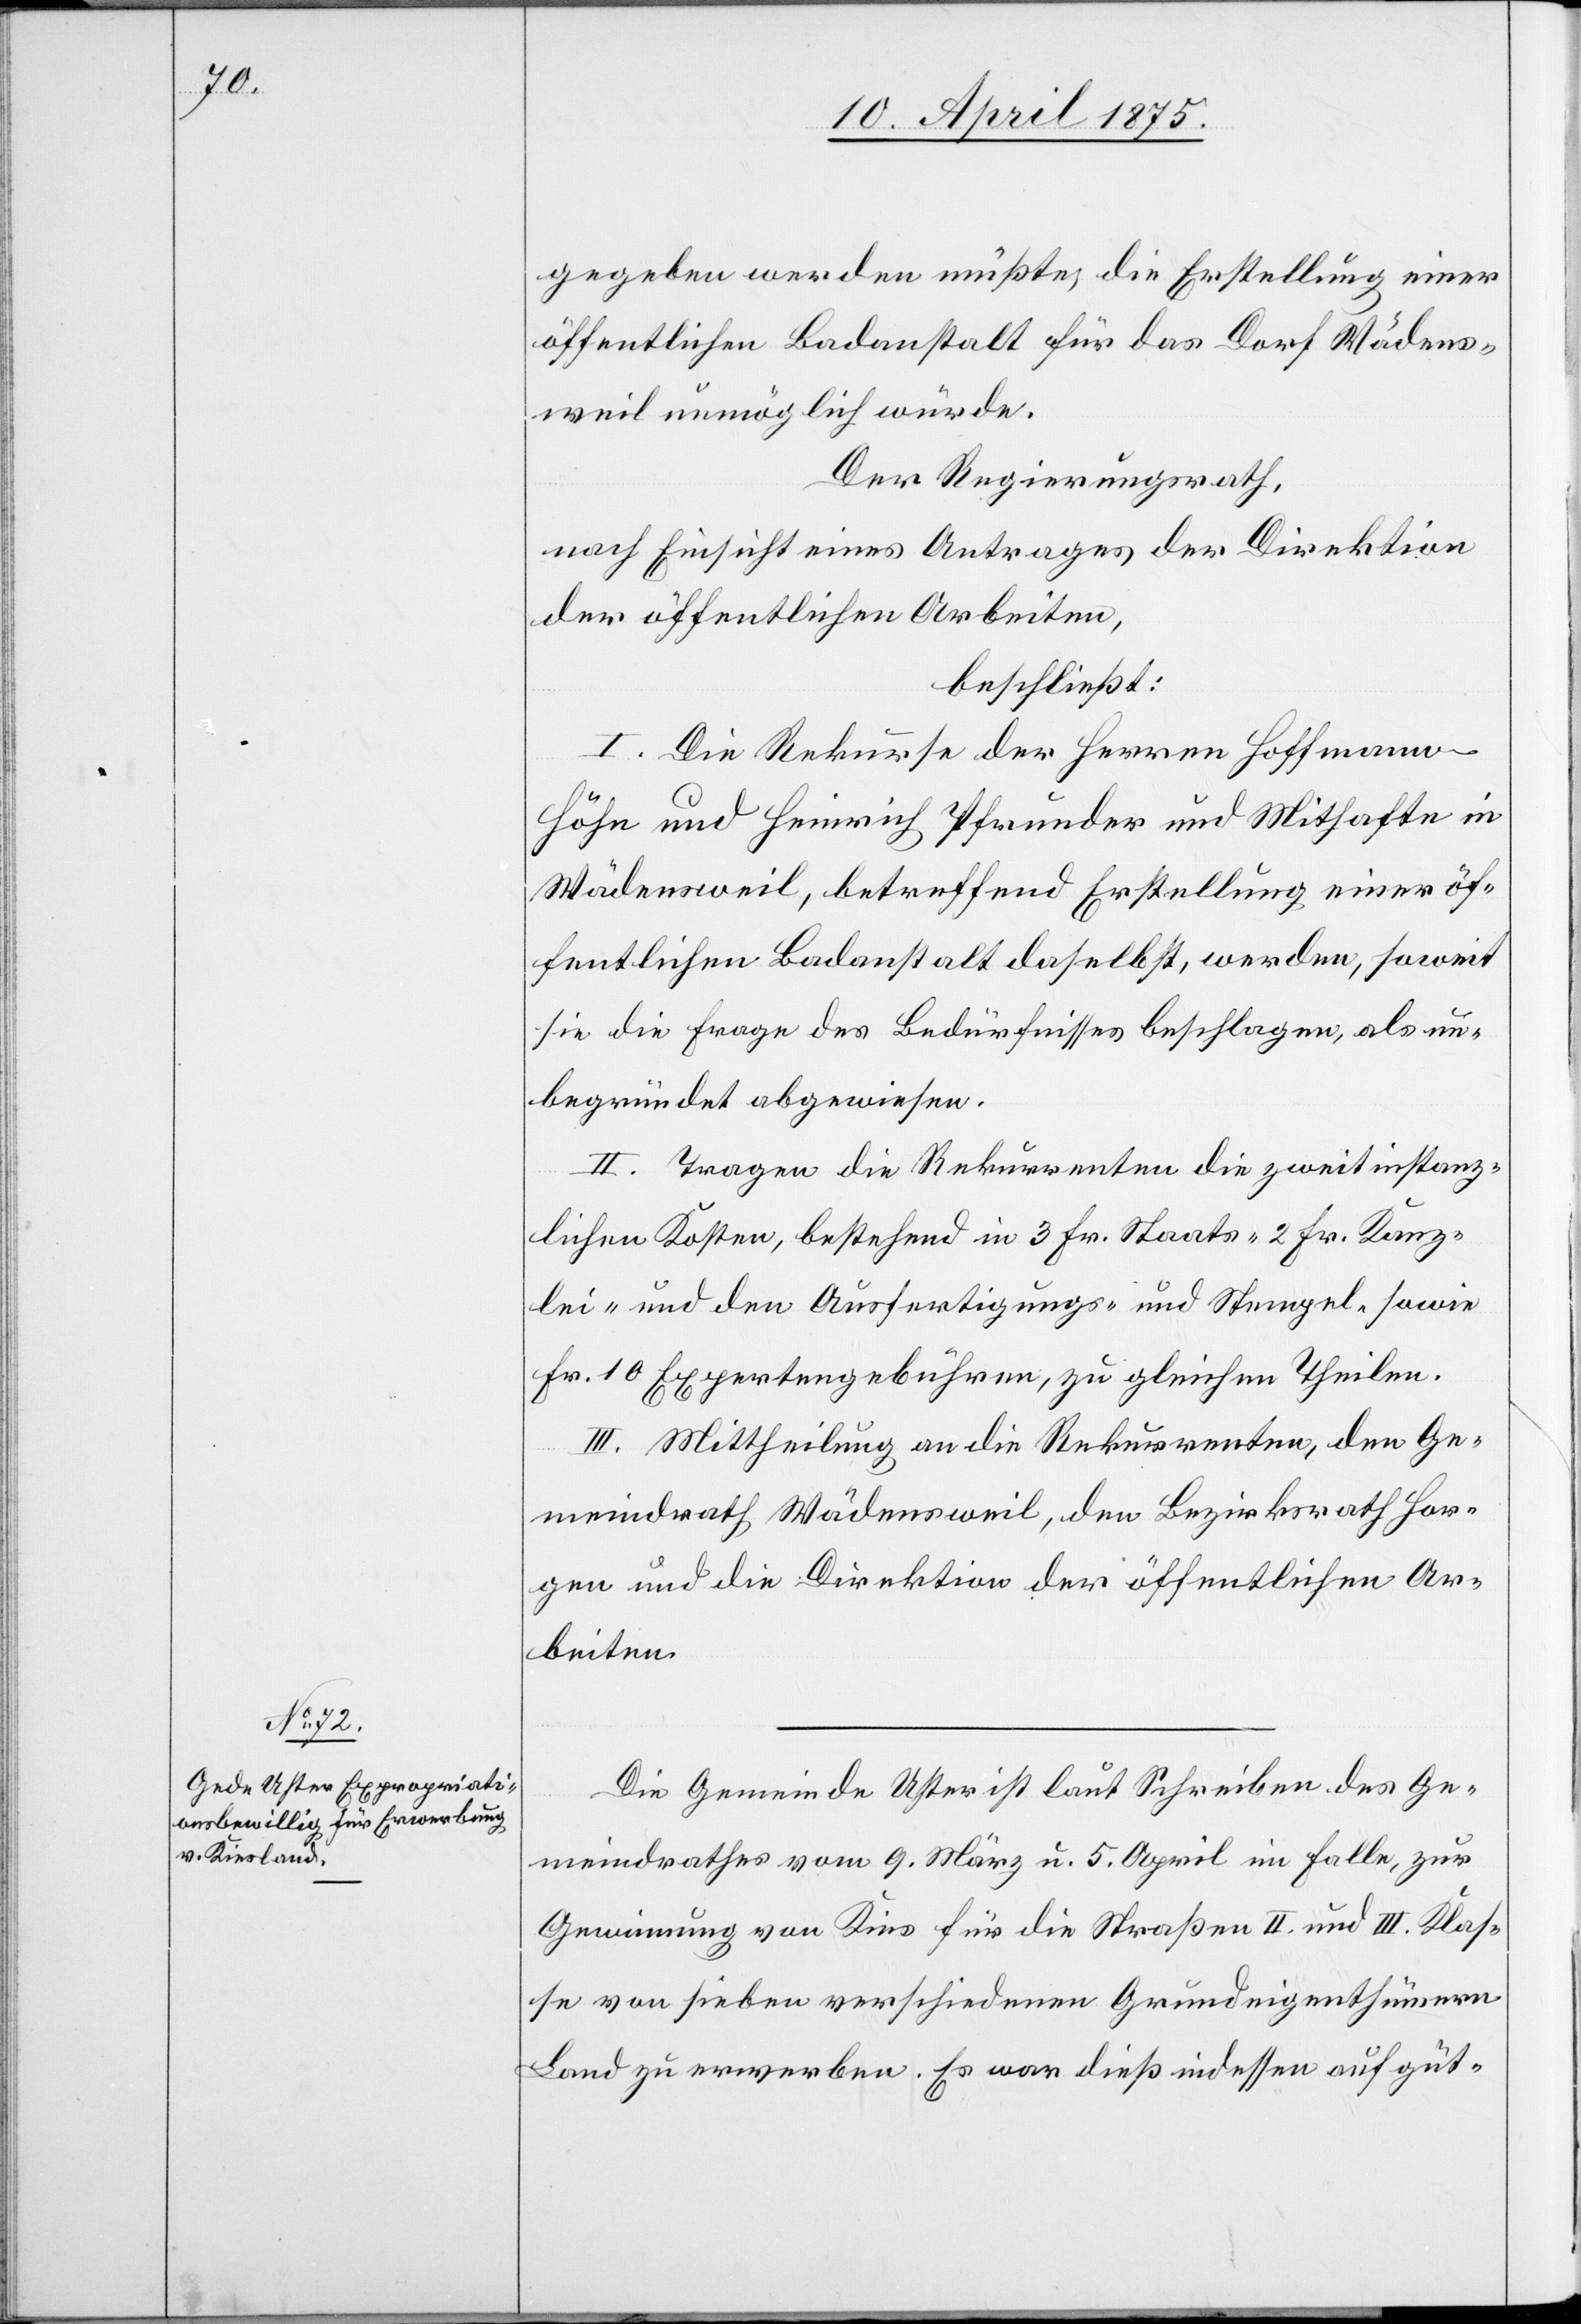
gegeben werden müßte, die Erstellung einer
öffentlichen Badeanstalt für das Dorf Wädens¬
weil unmöglich würde.
Der Regierungsrath,
nach Einsicht eines Antrages der Direktion
der öffentlichen Arbeiten,
beschließt:
I. Die Rekurse der Herren Hoffmann-H¬
öhn und Heinrich Pfrunder und Mithafte in
Wädensweil, betreffend Erstellung einer öf¬
fentlichen Badeanstalt daselbst, werden, soweit
sie die Frage des Bedürfnisses beschlagen, als un¬
begründet abgewiesen.
II. Tragen die Rekurrenten die zweitinstanz¬
lichen Kosten, bestehend in 3 Fr. Staats- 2 Fr. Kanz¬
lei- und den Ausfertigungs- und Stempel- sowie
Fr. 10 Expertengebühren, zu gleichen Theilen.
III. Mittheilungen an die Rekurrenten, den Ge¬
meindrath Wädensweil, den Bezirksrath Hor¬
gen und die Direktion der öffentlichen Ar¬
beiten.
Die Gemeinde Uster ist laut Schreiben des Ge¬
meindrathes vom 9. März u. 5. April im Falle, zur
Gewinnung von Kies für die Straßen II. und III. Klas¬
se von sieben verschiedenen Grundeigenthümern
Land zu erwerben. Es war dieß indessen auf güt-